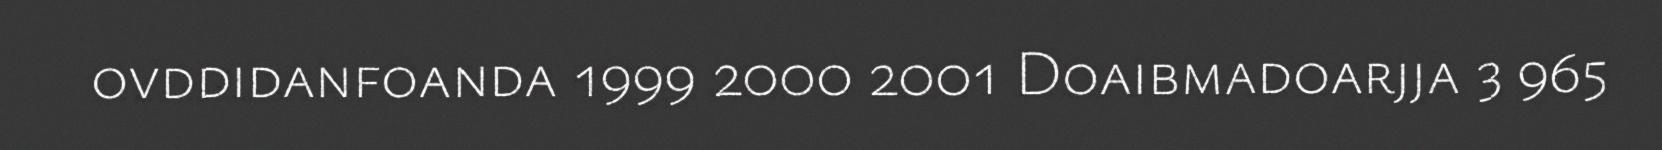
ovddidanfoanda 1999 2000 2001 Doaibmadoarjja 3 965